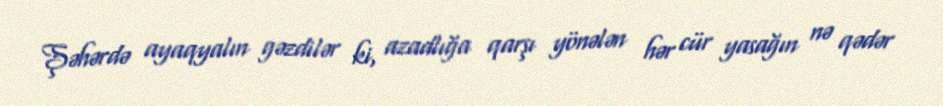
Şəhərdə ayaqyalın gəzdilər ki, azadlığa qarşı yönələn hər cür yasağın nə qədər